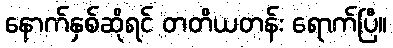
နောက်နှစ်ဆိုရင် တတိယတန်း ရောက်ပြီ။